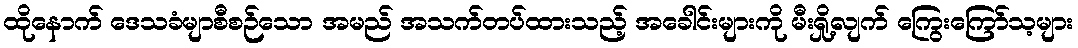
ထိုနောက် ဒေသခံမျာစီစဉ်သော အမည် အသက်တပ်ထားသည့် အခေါင်းများကို မီးရှို့လျက် ကြွေးကြော်သ့များ